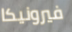
فيرونيكا